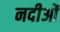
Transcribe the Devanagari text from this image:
नदीओं